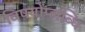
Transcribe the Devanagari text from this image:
विषयोप्लब्धि